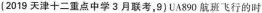
(2019天津十二重点中学3月联考，9)UA890航班飞行的时